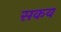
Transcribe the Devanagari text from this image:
सकय